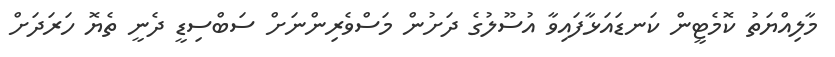
މާލިއްޔަތު ކޮމެޓީން ކަނޑައަޅާފައިވާ އުސޫލުގެ ދަށުން މަސްވެރިންނަށް ސަބްސިޑީ ދެނީ ތެޔޮ ހަރަދަށް